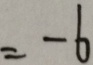
= - 6